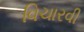
વિચારવી